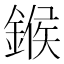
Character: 鍭